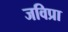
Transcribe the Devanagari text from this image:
जविप्रा